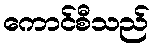
ကောင်စီသည်